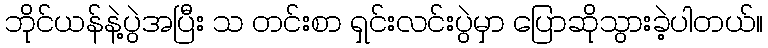
ဘိုင်ယန်နဲ့ပွဲအပြီး သ တင်းစာ ရှင်းလင်းပွဲမှာ ပြောဆိုသွားခဲ့ပါတယ်။